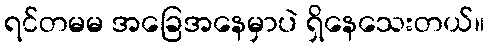
ရင်တမမ အခြေအနေမှာပဲ ရှိနေသေးတယ်။